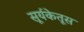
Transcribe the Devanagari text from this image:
सूर्यकेतूस